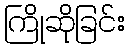
ကြိုဆိုခြင်း